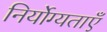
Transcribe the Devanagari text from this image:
निर्योग्यताएँ